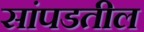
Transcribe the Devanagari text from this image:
सांपडतील